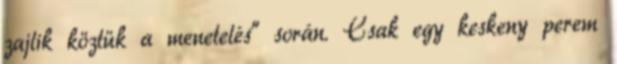
zajlik köztük a menetelés” során. Csak egy keskeny perem